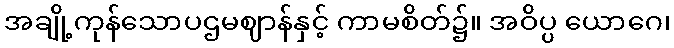
အချို့ကုန်သောပဌမဈာန်နှင့် ကာမစိတ်၌။ အဝိပ္ပ ယောဂေ၊